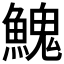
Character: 𩹷